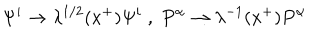
\Psi ^ { i } \rightarrow \lambda ^ { 1 / 2 } ( x ^ { + } ) \Psi ^ { i } \; , \; P ^ { \alpha } \rightarrow \lambda ^ { - 1 } ( x ^ { + } ) P ^ { \alpha }